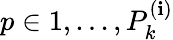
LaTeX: p\in{1,...,P_{k}^{(\mathbf{i})}}